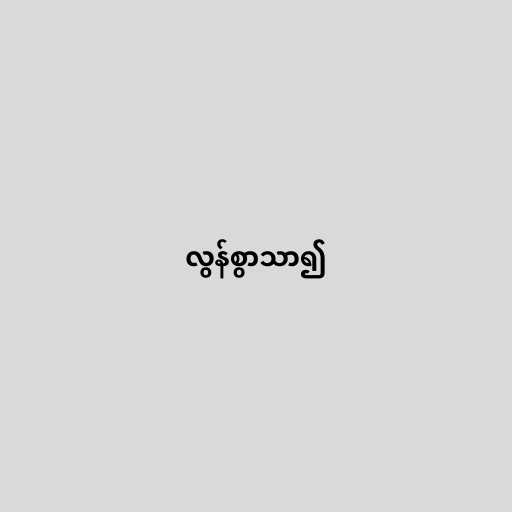
လွန်စွာသာ၍